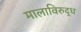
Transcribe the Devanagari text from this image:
मालाविरुद्ध